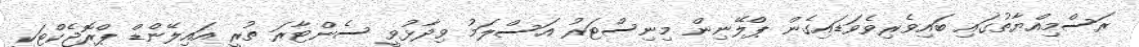
ރަސްމިއްޔާތުގައި ބައިވެރިވެވަޑައިގެން ޕްލޭނިން މިނިސްޓަރު އަސްލަމު ވިދާޅުވީ ސެންޓާރަ ތުރީ އައިލޭންޑް ޕްރޮޖެކްޓަކީ